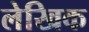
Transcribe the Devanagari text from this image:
लेखिक